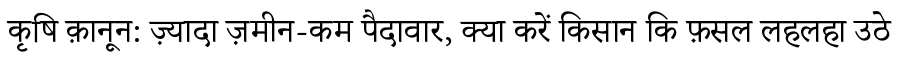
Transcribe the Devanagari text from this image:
कृषि क़ानून: ज़्यादा ज़मीन-कम पैदावार, क्या करें किसान कि फ़सल लहलहा उठे